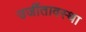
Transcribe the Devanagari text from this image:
उर्जीतावस्था